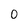
Character: 0